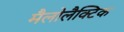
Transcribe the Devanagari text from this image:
मैलोलैक्टिक